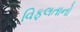
વિફલતાનો